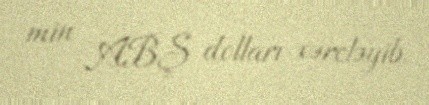
min ABŞ dolları xərcləyib.